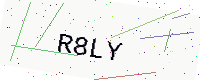
Text: R8LY